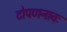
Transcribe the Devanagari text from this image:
टोपणनावः